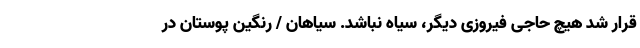
قرار شد هیچ حاجی فیروزی دیگر، سیاه نباشد. سیاهان / رنگین پوستان در